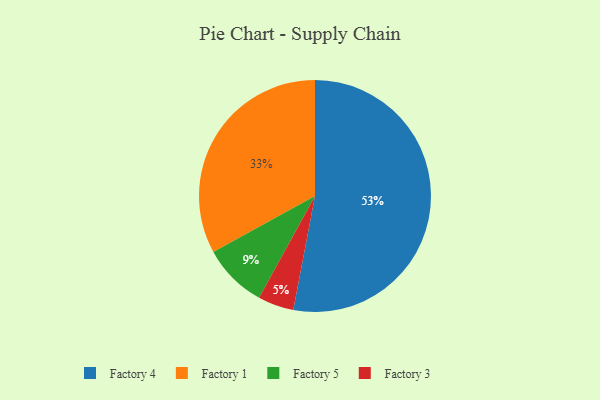
{"axis": {"x": "Category", "y": "Percentage"}, "legend": ["Factory 1", "Factory 3", "Factory 4", "Factory 5"], "data": [{"x": "Factory 4", "y": 53, "type": "Factory 4"}, {"x": "Factory 3", "y": 5, "type": "Factory 3"}, {"x": "Factory 5", "y": 9, "type": "Factory 5"}, {"x": "Factory 1", "y": 33, "type": "Factory 1"}]}